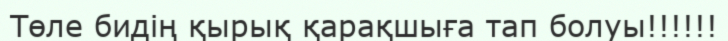
Төле бидің қырық қарақшыға тап болуы!!!!!!